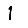
Digit: 1